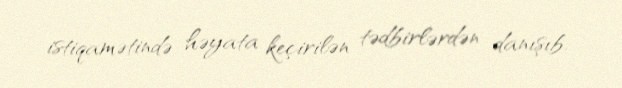
istiqamətində həyata keçirilən tədbirlərdən danışıb.